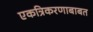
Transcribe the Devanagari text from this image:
एकत्रिकरणाबाबत